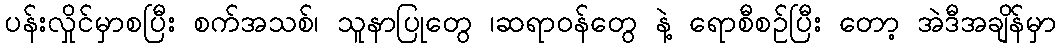
ပန်းလှိုင်မှာစပြီး စက်အသစ်၊ သူနာပြုတွေ ၊ဆရာဝန်တွေ နဲ့ ရောစီစဉ်ပြီး တော့ အဲဒီအချိန်မှာ